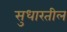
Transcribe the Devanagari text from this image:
सुधारतील